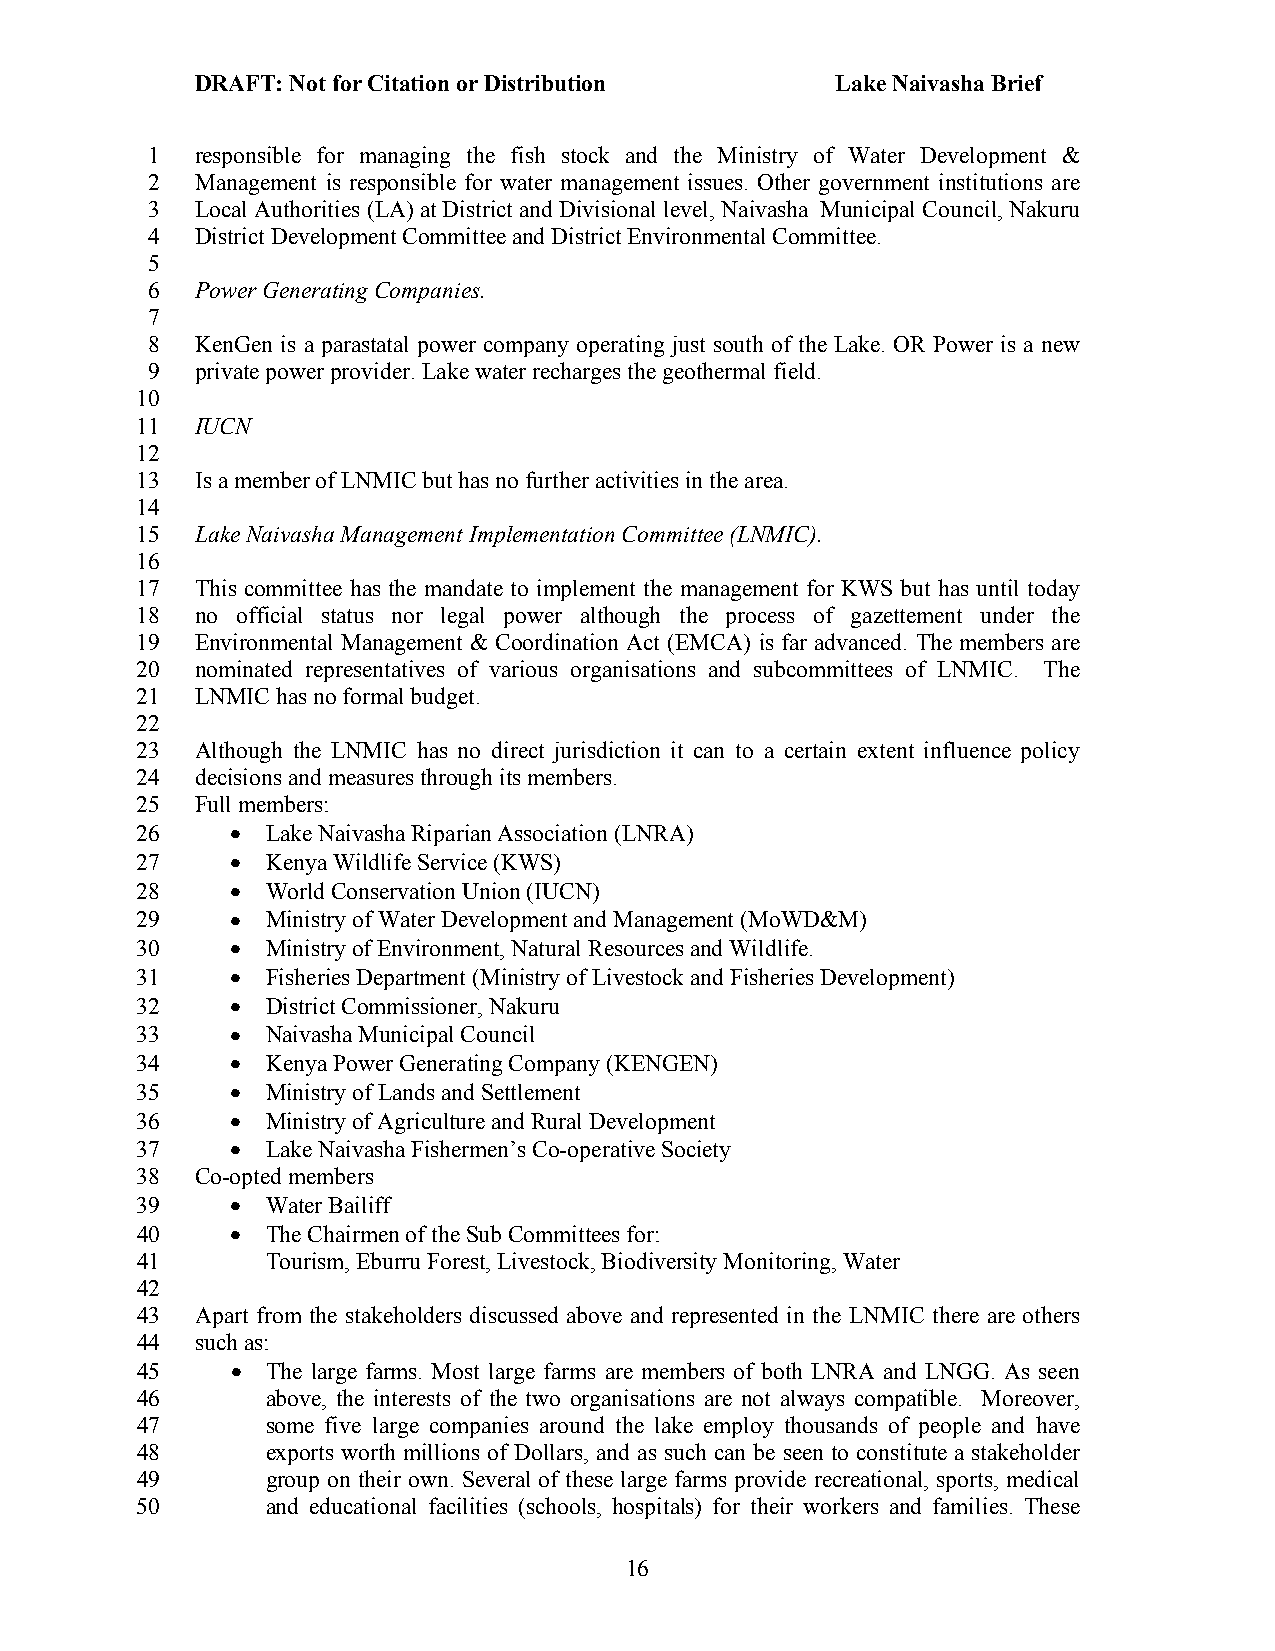
DRAFT: Not for Citation or Distribution   Lake Naivasha Brief
 1  responsible for managing the fish stock and the Ministry of Water Development &
 2  Management is responsible for water management issues. Other government institutions are
 3  Local Authorities (LA) at District and Divisional level, Naivasha Municipal Council, Nakuru
 4  District Development Committee and District Environmental Committee.
 5
 6  Power Generating Companies.
 7
 8  KenGen is a parastatal power company operating just south of the Lake. OR Power is a new
 9  private power provider. Lake water recharges the geothermal field.
 10
 11  IUCN
 12
 13  Is a member of LNMIC but has no further activities in the area.
 14
 15  Lake Naivasha Management Implementation Committee (LNMIC).
 16
 17  This committee has the mandate to implement the management for KWS but has until today
 18  no official status nor legal power although the process of gazettement under the
 19  Environmental Management & Coordination Act (EMCA) is far advanced. The members are
 20  nominated representatives of various organisations and subcommittees of LNMIC. The
 21  LNMIC has no formal budget.
 22
 23  Although the LNMIC has no direct jurisdiction it can to a certain extent influence policy
 24  decisions and measures through its members.
 25  Full members:
 26    •  Lake Naivasha Riparian Association (LNRA)
 27    •  Kenya Wildlife Service (KWS)
 28    •  World Conservation Union (IUCN)
 29    •  Ministry of Water Development and Management (MoWD&M)
 30    •  Ministry of Environment, Natural Resources and Wildlife.
 31    •  Fisheries Department (Ministry of Livestock and Fisheries Development)
 32    •  District Commissioner, Nakuru
 33    •  Naivasha Municipal Council
 34    •  Kenya Power Generating Company (KENGEN)
 35    •  Ministry of Lands and Settlement
 36    •  Ministry of Agriculture and Rural Development
 37    •  Lake Naivasha Fishermen’s Co-operative Society
 38  Co-opted members
 39    •  Water Bailiff
 40    •  The Chairmen of the Sub Committees for:
 41       Tourism, Eburru Forest, Livestock, Biodiversity Monitoring, Water
 42
 43  Apart from the stakeholders discussed above and represented in the LNMIC there are others
 44  such as:
 45    •  The large farms. Most large farms are members of both LNRA and LNGG. As seen
 46       above, the interests of the two organisations are not always compatible. Moreover,
 47       some five large companies around the lake employ thousands of people and have
 48       exports worth millions of Dollars, and as such can be seen to constitute a stakeholder
 49       group on their own. Several of these large farms provide recreational, sports, medical
 50       and educational facilities (schools, hospitals) for their workers and families. These
 16